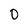
Character: 0